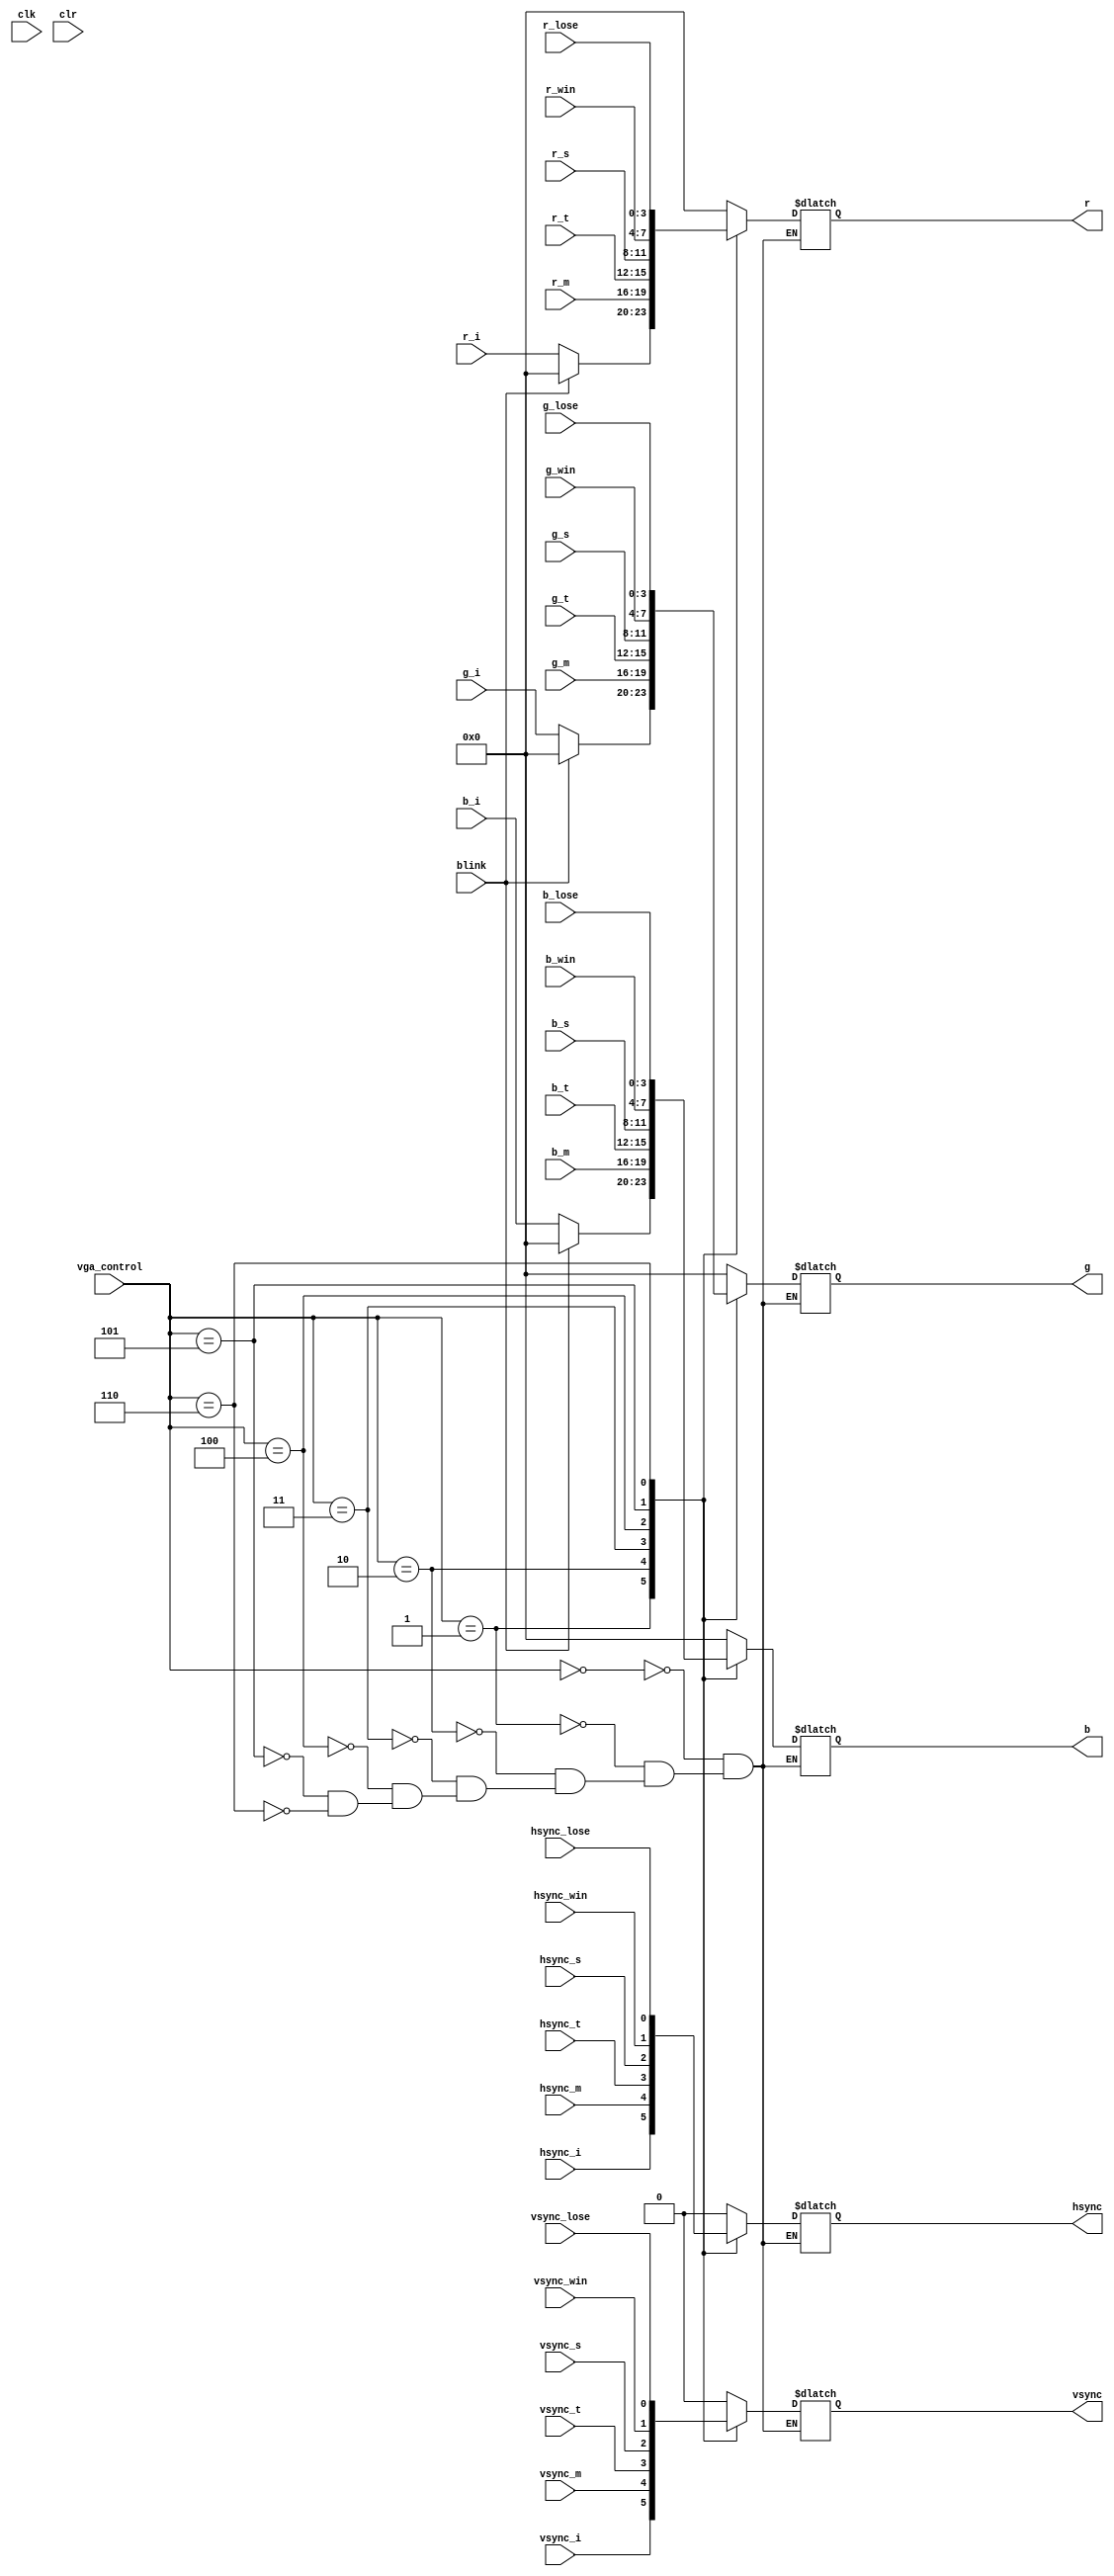
`timescale 1ns / 1ps
//////////////////////////////////////////////////////////////////////////////////
// Company: 
// Engineer: 
// 
// Design Name: 
// Module Name: mux_vga
// Project Name: 
// Target Devices: 
// Tool Versions: 
// Description: 
// 
// Dependencies: 
// 
// Revision:
// Revision 0.01 - File Created
// Additional Comments:
// 
//////////////////////////////////////////////////////////////////////////////////


module mux_vga(
input clk,clr,
input [3:0] r_m,g_m,b_m,r_i,g_i,b_i,r_t,g_t,b_t,r_s,g_s,b_s,r_win,g_win,b_win,r_lose,g_lose,b_lose,
input hsync_i,vsync_i,hsync_m,vsync_m,hsync_t,vsync_t,hsync_s,vsync_s,hsync_win,vsync_win,hsync_lose,vsync_lose,
input [3:0] vga_control,
input blink,
output reg hsync,vsync,
output reg [3:0] r,g,b
);

always@ (*)
    begin
        case(vga_control)
            0:
            begin
                hsync <= 0;
                vsync <= 0;
                r <= 0;
                g <= 0;
                b <= 0; end
            1:
            begin
                hsync <= hsync_i;
                vsync <= vsync_i;
                if (!blink) begin
                r <= r_i;
                g <= g_i;
                b <= b_i;
                end
                else if (blink) begin
                r <= 0;
                g <= 0;
                b <= 0; end
                 end
            2:
            begin
                hsync <= hsync_m;
                vsync <= vsync_m;
                r <= r_m;
                g <= g_m;
                b <= b_m; end
            3:
            begin
                hsync <= hsync_t;
                vsync <= vsync_t;
                r <= r_t;
                g <= g_t;
                b <= b_t;
                 end
            4:
            begin
                hsync <= hsync_s;
                vsync <= vsync_s;
                r <= r_s;
                g <= g_s;
                b <= b_s; end  
            5:
            begin
                hsync <= hsync_win;
                vsync <= vsync_win;
                r <= r_win;
                g <= g_win;
                b <= b_win; end
            6:
            begin
                hsync <= hsync_lose;
                vsync <= vsync_lose;
                r <= r_lose;
                g <= g_lose;
                b <= b_lose; end               
           endcase
        end
endmodule